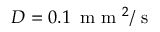
D = 0 . 1 \, \mathrm { ~ m ~ m ~ } ^ { 2 } / \mathrm { ~ s ~ }